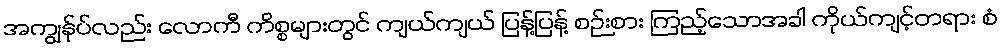
အကျွန်ုပ်လည်း လောကီ ကိစ္စများတွင် ကျယ်ကျယ် ပြန့်ပြန့် စဉ်းစား ကြည့်သောအခါ ကိုယ်ကျင့်တရား စံ